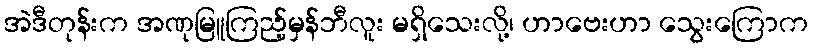
အဲဒီတုန်းက အဏုမြူကြည့်မှန်ဘီလူး မရှိသေးလို့၊ ဟာဗေးဟာ သွေးကြောက